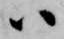
ハ